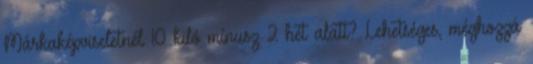
Márkaképviseletnél 10 kiló mínusz 2 hét alatt? Lehetséges, méghozzá